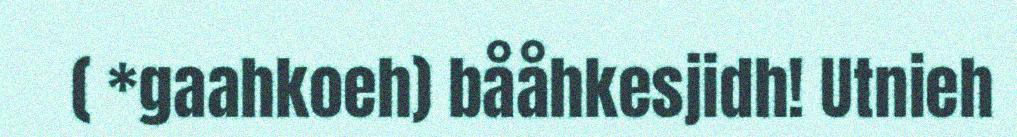
( *gaahkoeh) bååhkesjidh! Utnieh